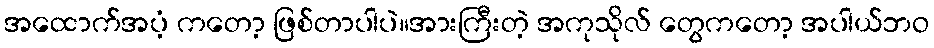
အထောက်အပံ့ ကတော့ ဖြစ်တာပါပဲ။အားကြီးတဲ့ အကုသိုလ် တွေကတော့ အပါယ်ဘဝ